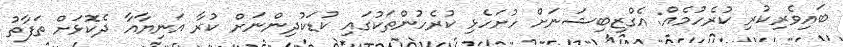
ބައިވެރިކުރި ކުރެހުމެއް: އެގްޒިބިޝަނަށް ހުށަހެޅި ކުރެހުންތަކުގައި ކުޑަކުދިންނަށް ކުރާ އަނިޔާއާ ދެކޮޅަށް ތަފާތު